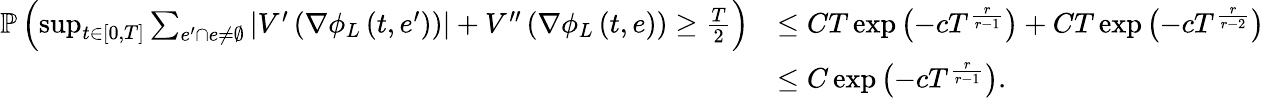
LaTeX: \begin{array}{rl}{\mathbb{P}\left(\operatorname*{sup}_{t\in[0,T]}\sum_{e^{\prime}\cap e\neq\emptyset}\left|V^{\prime}\left(\nabla\phi_{L}\left(t,e^{\prime}\right)\right)\right|+V^{\prime\prime}\left(\nabla\phi_{L}\left(t,e\right)\right)\geq\frac{T}{2}\right)}&{\leq CT\exp\left(-cT^{\frac{r}{r-1}}\right)+CT\exp\left(-cT^{\frac{r}{r-2}}\right)}\\ &{\leq C\exp\left(-cT^{\frac{r}{r-1}}\right).}\end{array}